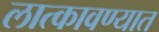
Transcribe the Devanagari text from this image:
लात्कावण्यात